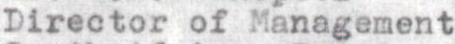
Director of Management